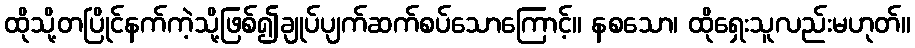
ထိုသို့တပြိုင်နက်ကဲ့သို့ဖြစ်၍ချုပ်ပျက်ဆက်စပ်သောကြောင့်။ နစသော၊ ထိုရှေးသူလည်းမဟုတ်။